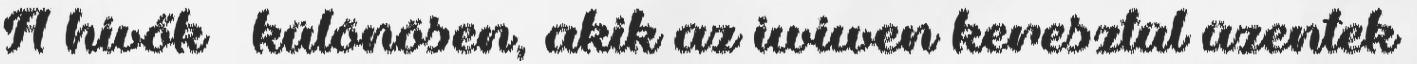
A hívők – különösen, akik az iwiwen keresztül üzentek